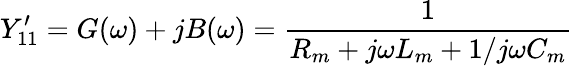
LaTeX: Y_{11}^{\prime}=G(\omega)+jB(\omega)=\frac{1}{R_{m}+j\omega L_{m}+1/j\omega C_{m}}